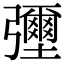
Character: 𢑃